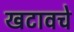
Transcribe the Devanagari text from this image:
खटावचे